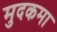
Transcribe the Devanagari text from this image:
मुदकमा